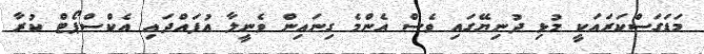
މަޑަގަސްކަރައަކީ މުޅި ދުނިޔޭގައި ވެސް އެންމެ ގިނައިން ވެނީލާ އުފައްދައި އެކްސްޕޯޓް ކުރާ